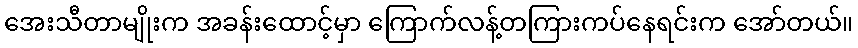
အေးသီတာမျိုးက အခန်းထောင့်မှာ ကြောက်လန့်တကြားကပ်နေရင်းက အော်တယ်။